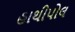
હાથીપોલ